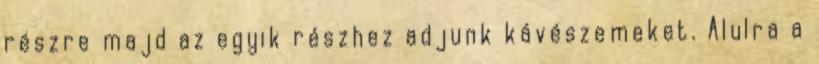
részre majd az egyik részhez adjunk kávészemeket. Alulra a